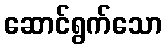
ဆောင်ရွက်သော